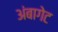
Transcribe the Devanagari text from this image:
अंबागेट